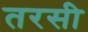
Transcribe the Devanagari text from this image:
तरसी